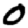
Digit: 0